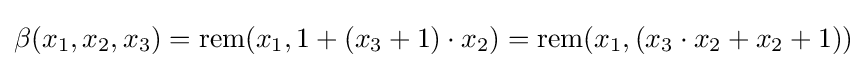
\beta (x_{1},x_{2},x_{3})=\mathrm {rem} (x_{1},1+(x_{3}+1)\cdot x_{2})=\mathrm {rem} (x_{1},(x_{3}\cdot x_{2}+x_{2}+1))